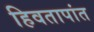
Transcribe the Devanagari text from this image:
हिवतापांत